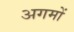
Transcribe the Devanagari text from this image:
अगमों